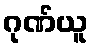
ဂုဏ်ယူ